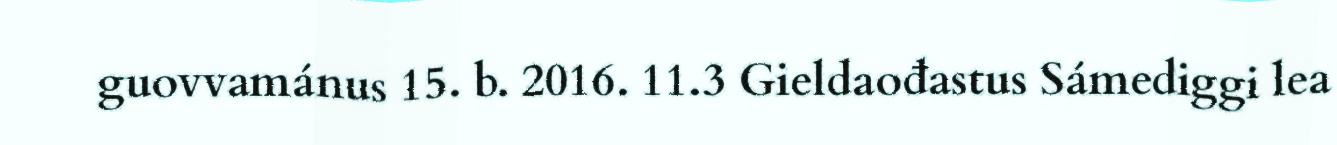
guovvamánus 15. b. 2016. 11.3 Gieldaođastus Sámediggi lea